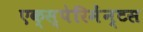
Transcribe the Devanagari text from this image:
एक्स्पेरिमेंन्टस